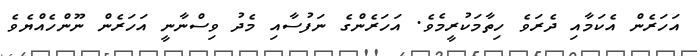
އަހަރެން އެކަމާއި ދެރަވެ ހިތާމަކުރީމެވެ. އަހަރެންގެ ނަފުސާއި މެދު ވިސްނާނީ އަހަރެން ނޫންހެއްޔެވެ